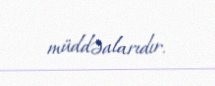
müddəalarıdır.